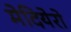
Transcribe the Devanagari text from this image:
मेदियेरो